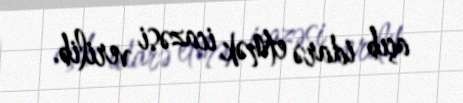
açıb idarə etmək icazəsi verilib.